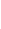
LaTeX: \! \! \! \! \! \! \! \! \! \! \! \mathbf{x}\! \! \! \! \! \! \! \! \! \! \! \! _{i}\! \! \! \! \! \! \! \! \! \! \! \! ,\! \! \! \! \! \! \! \! \! \! \! \! ~\! \! \! \! \! \! \! \! \! \! \! \! \! \! \! \! \! \! \! \! \! \! \! \! i\! \! \! \! \! \! \! \! \! \! \! \! \in\! \! \! \! \! \! \! \! \! \! \! \! \{ \! \! \! \! \! \! \! \! \! \! \! \! 1\! \! \! \! \! \! \! \! \! \! \! \! ,\! \! \! \! \! \! \! \! \! \! \! \! \! \! \! \! \! \! \! \! \! \! \! \! \ldots\! \! \! \! \! \! \! \! \! \! \! \! ,\! \! \! \! \! \! \! \! \! \! \! \! n\! \! \! \! \! \! \! \! \! \! \! \! \} \! \! \! \! \! \! \! \! \! \! \! \! ,\! \! \! \! \! \! \! \! \! \! \!